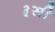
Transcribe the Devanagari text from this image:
३सी